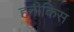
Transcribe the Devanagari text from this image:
हनीकिस